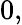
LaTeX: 0,